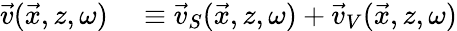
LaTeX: \begin{array}{rl}{\vec{v}(\vec{x},z,\omega)}&{{}\equiv\vec{v}_{S}(\vec{x},z,\omega)+\vec{v}_{V}(\vec{x},z,\omega)}\end{array}